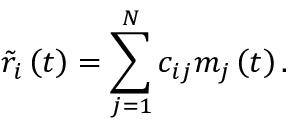
\tilde { r } _ { i } \left( t \right) = \sum _ { j = 1 } ^ { N } c _ { i j } m _ { j } \left( t \right) .